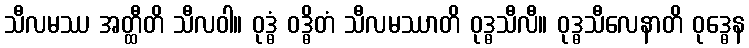
သီလမဿ အတ္ထီတိ သီလဝါ။ ဝုဒ္ဓံ ဝဒ္ဓိတံ သီလမဿာတိ ဝုဒ္ဓသီလီ။ ဝုဒ္ဓသီလေနာတိ ဝုဒ္ဓေန